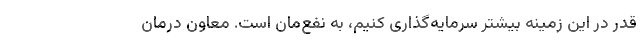
قدر در این زمینه بیشتر سرمایه‌گذاری کنیم، به نفع‌مان است. معاون درمان